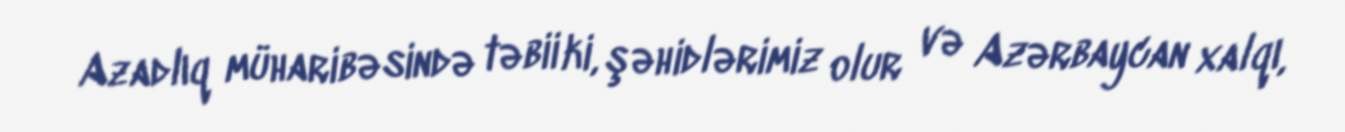
Azadlıq müharibəsində təbii ki, şəhidlərimiz olur və Azərbaycan xalqı,